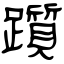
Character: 躓